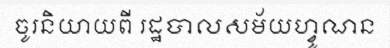
ចូរនិយាយពី រដ្ឋបាលសម័យហ្វូណន